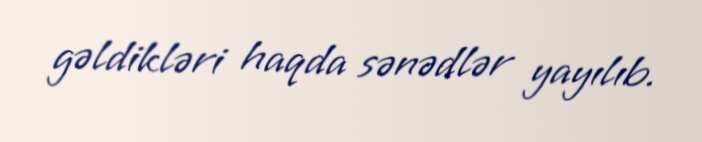
gəldikləri haqda sənədlər yayılıb.